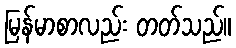
မြန်မာစာလည်း တတ်သည်။